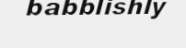
babblishly